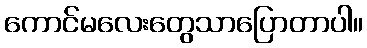
ကောင်မလေးတွေသာပြောတာပါ။